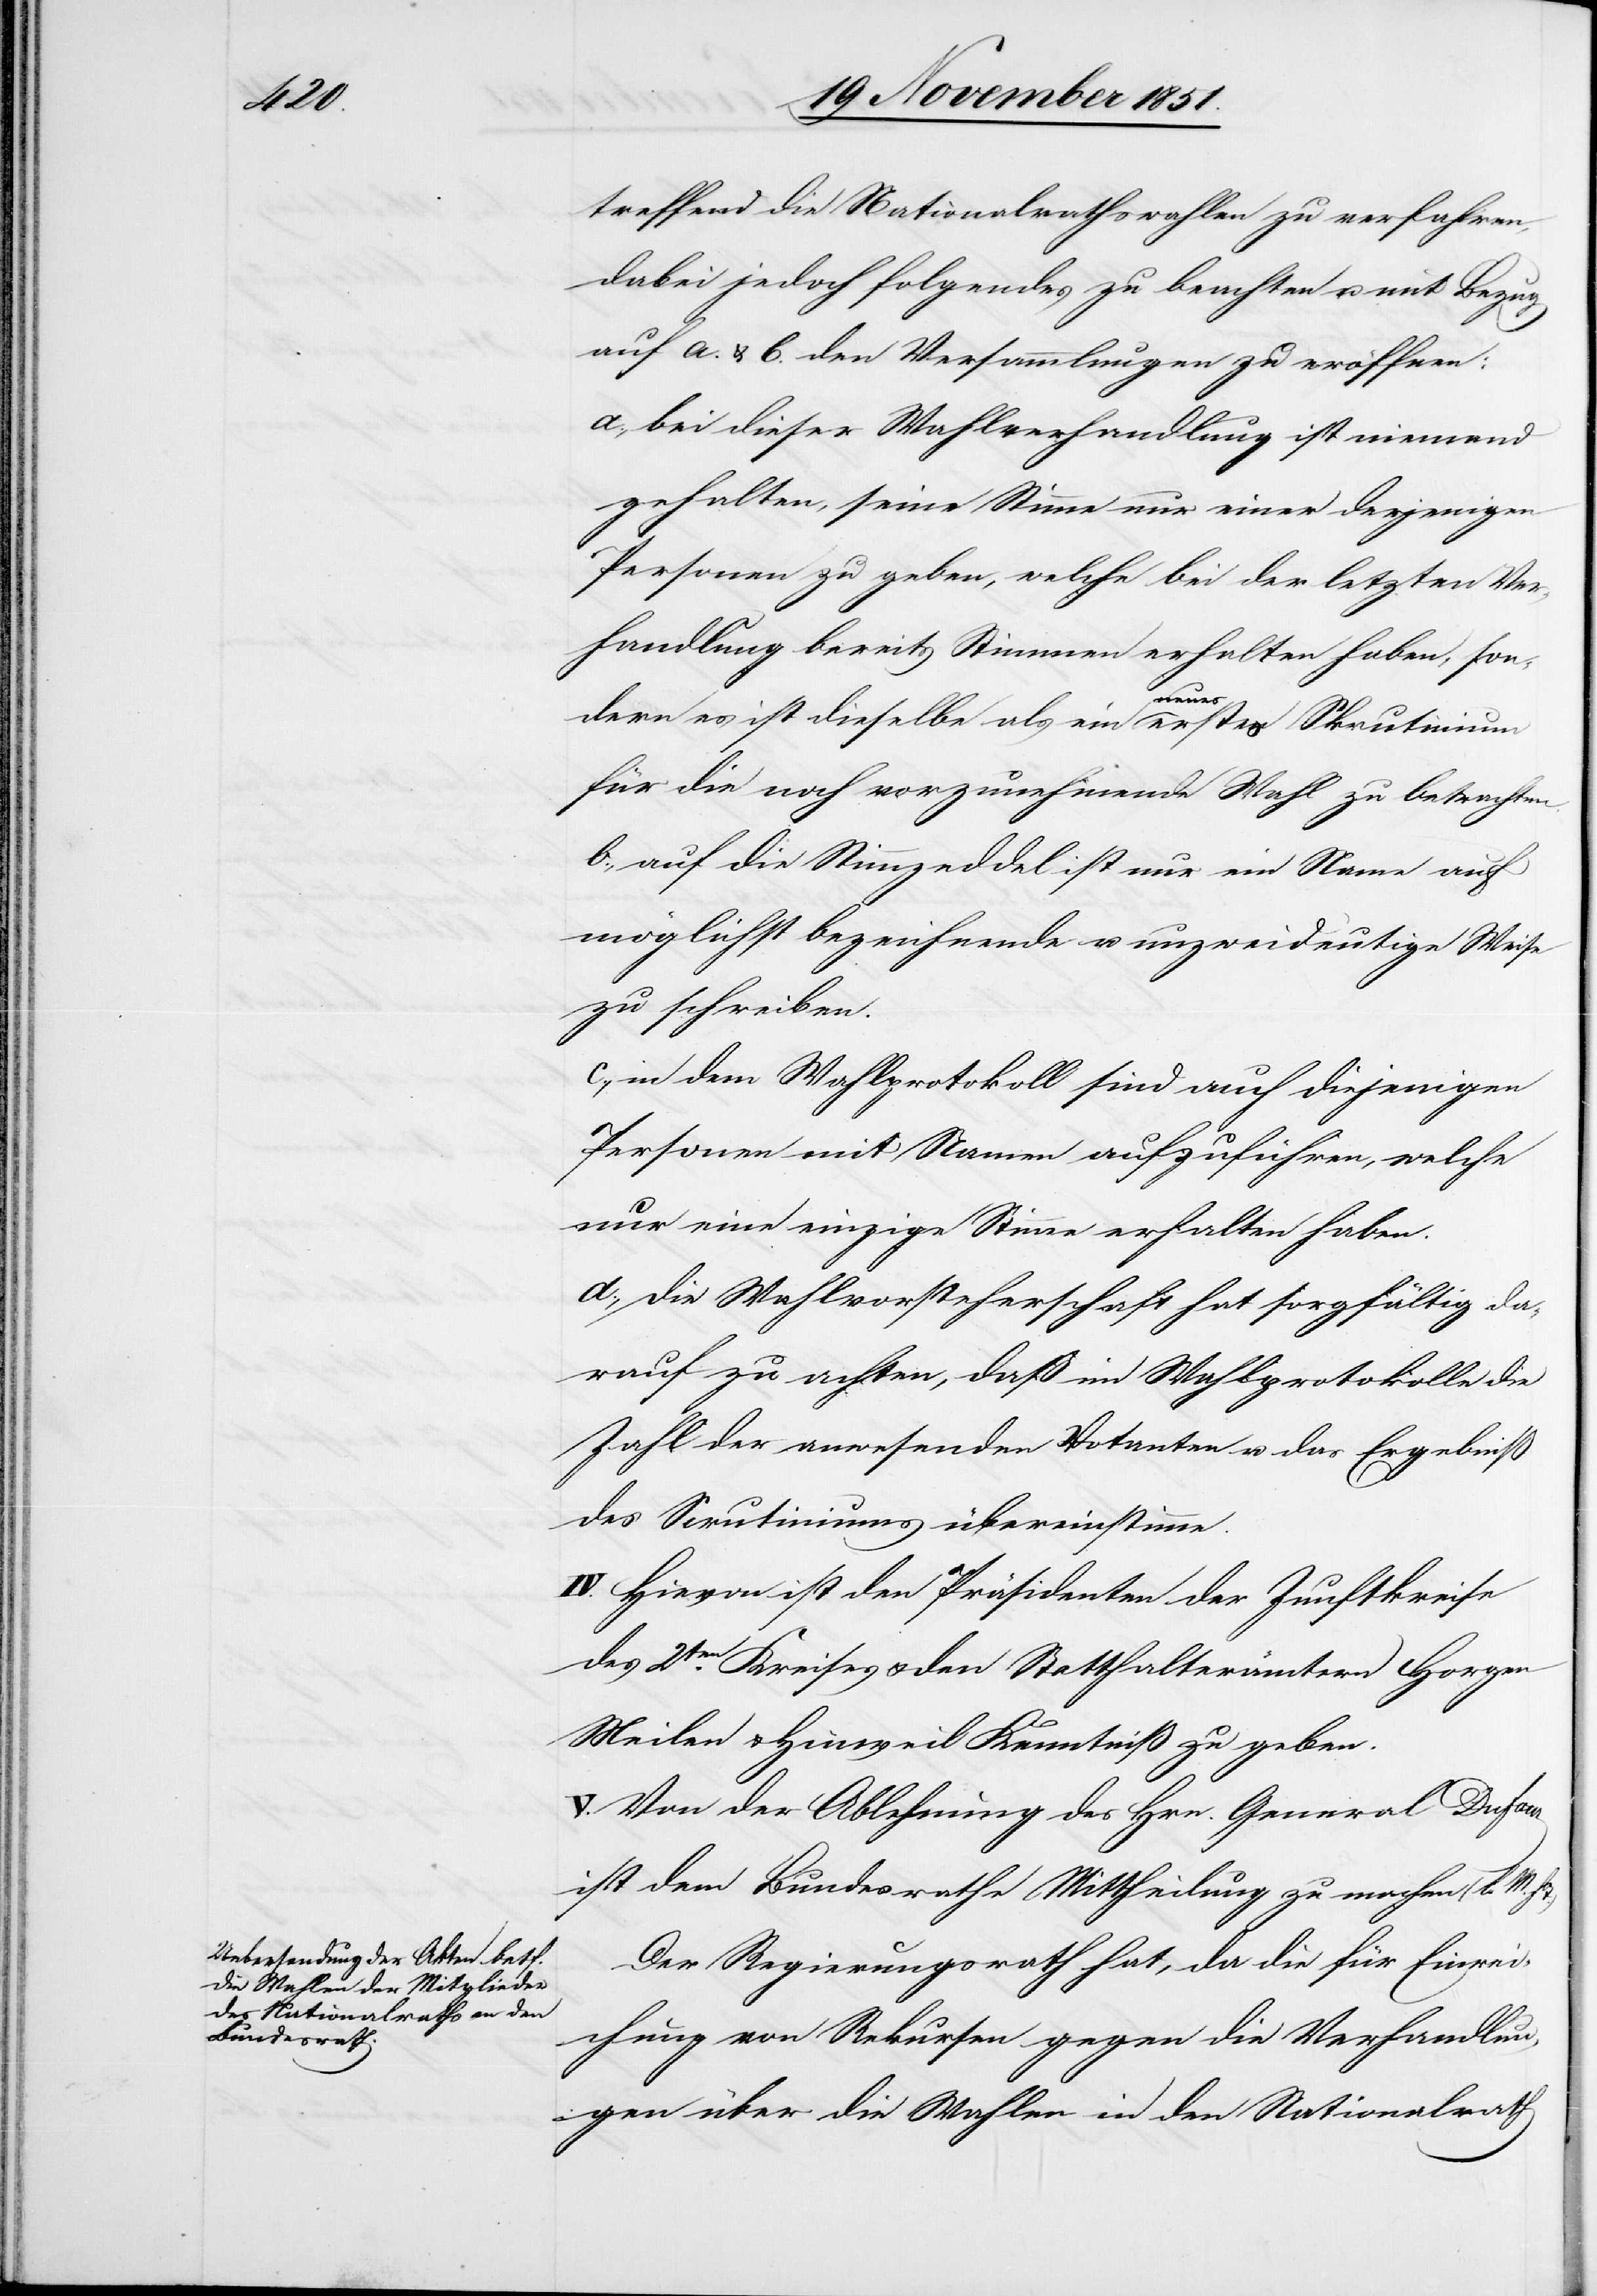
treffend die Nationalrathswahlen zu verfahren,
dabei jedoch folgendes zu beachten u. mit Bezug
auf a. & b. den Versammlungen zu eröffnen:
a., bei dieser Wahlverhandlung ist niemand
gehalten, seine Stimme nur einer derjenigen
Personen zu geben, welche bei der letzten Ver¬
handlung bereits Stimmen erhalten haben, son¬
dern es ist dieselbe als ein neues erstes Skrutinium
für die noch vorzunehmende Wahl zu betrachten.
b., auf die Stimmzeddel ist nur ein Name auf
möglichst bezeichnende u. unzweideutige Weise
zu schreiben.
c., in dem Wahlprotokoll sind auch diejenigen
Personen mit Namen aufzuführen, welche
nur eine einzige Stimme erhalten haben.
d., die Wahlvorsteherschaft hat sorgfältig da¬
rauf zu achten, daß im Wahlprotokolle die
Zahl der anwesenden Votanten u. das Ergebniß
des Scrutiniums übereinstimme.
IV. Hievon ist den Präsidenten der Zunftkreise
des 2ten. Kreises & den Statthalterämtern Horgen[,]
Meilen & Hinweil Kenntniß zu geben.
V. Von der Ablehnung des Hrn. General Dufour
ist dem Bundesrathe Mittheilung zu machen (l. M.
Der Regierungsrath hat, da die für Einrei¬
chung von Rekursen gegen die Verhandlun¬
gen über die Wahlen in den Nationalrath